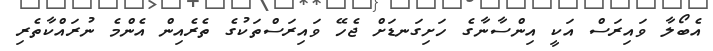
އެބޯލާ ވައިރަސް އަކީ އިންސާނާގެ ހަށިގަނޑަށް ޖެހޭ ވައިރަސްތަކުގެ ތެރެއިން އެންމެ ނުރައްކާތެރި